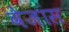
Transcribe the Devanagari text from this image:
वेजांस